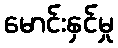
မောင်းနှင်မှု